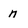
Character: n